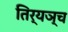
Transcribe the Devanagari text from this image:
तिर्यञ्च